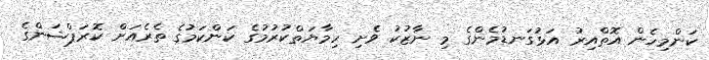
ކަންމިހެން އޮތްއިރު އަޅުގަނޑުމެންގެ މި ނާޒުކު ވެށި ހިމާޔަތްކުރުމުގެ ކަންކަމުގެ ތެރެއަށް ކޮރަޕްޝަންގެ